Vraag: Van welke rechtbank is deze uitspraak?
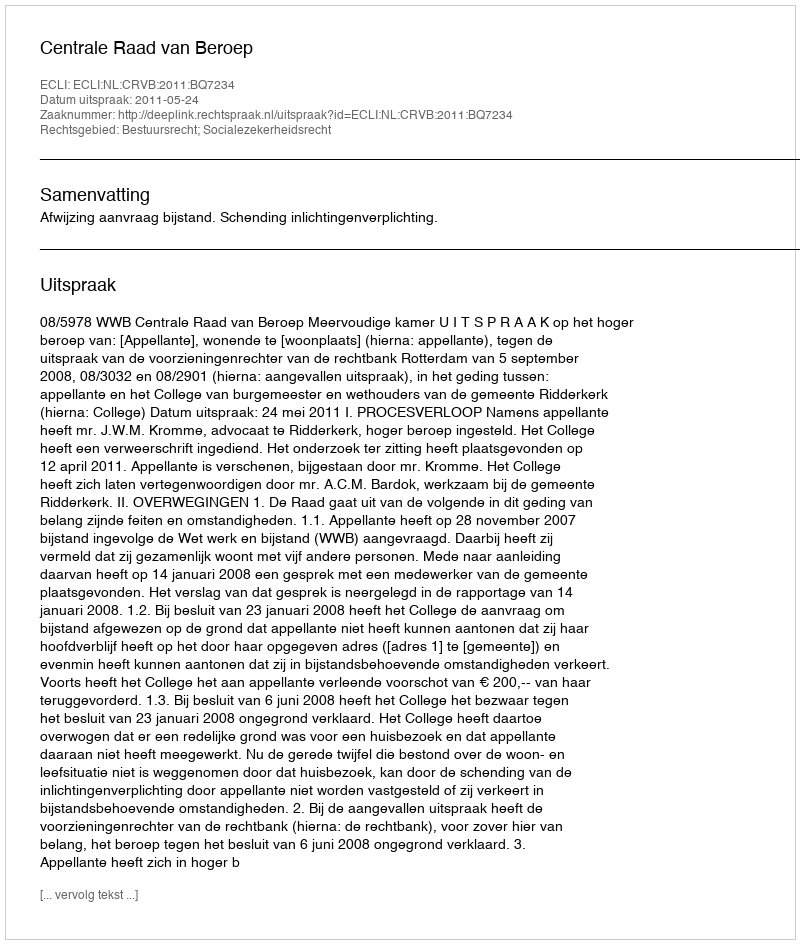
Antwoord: Centrale Raad van Beroep